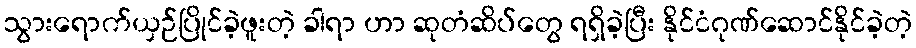
သွားရောက်ယှဉ်ပြိုင်ခဲ့ဖူးတဲ့ ခါရာ ဟာ ဆုတံဆိပ်တွေ ရရှိခဲ့ပြီး နိုင်ငံဂုဏ်ဆောင်နိုင်ခဲ့တဲ့